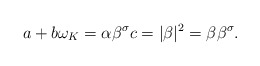
\begin{align*}a + b\omega_K = \alpha\beta^{\sigma}c = |\beta|^2 = \beta\beta^{\sigma}.\end{align*}